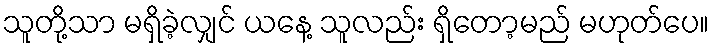
သူတို့သာ မရှိခဲ့လျှင် ယနေ့ သူလည်း ရှိတော့မည် မဟုတ်ပေ။